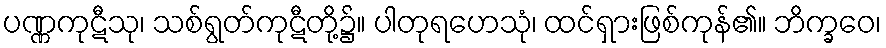
ပဏ္ဏကုဋီသု၊ သစ်ရွတ်ကုဋီတို့၌။ ပါတုရဟေသုံ၊ ထင်ရှားဖြစ်ကုန်၏။ ဘိက္ခဝေ၊